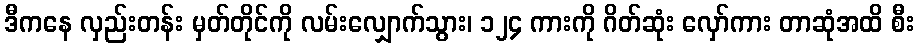
ဒီကနေ လှည်းတန်း မှတ်တိုင်ကို လမ်းလျှောက်သွား၊ ၁၂၄ ကားကို ဂိတ်ဆုံး လှော်ကား တာဆုံအထိ စီး